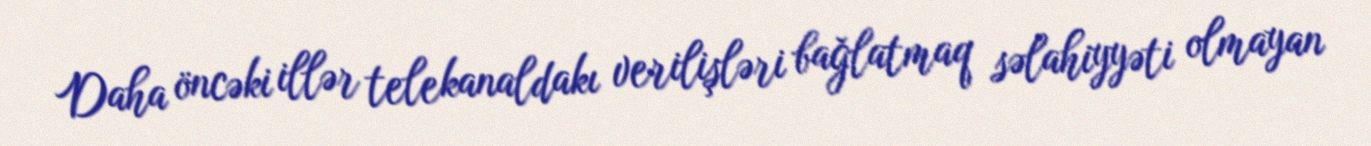
Daha öncəki illər telekanaldakı verilişləri bağlatmaq səlahiyyəti olmayan